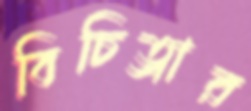
বিচিত্রার